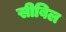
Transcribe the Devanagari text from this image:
सीबिल